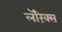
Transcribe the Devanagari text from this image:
लॅरिंक्स